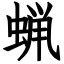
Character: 蝋